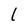
Character: l